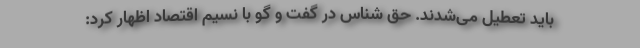
باید تعطیل می‌شدند. حق شناس در گفت و گو با نسیم اقتصاد اظهار کرد: